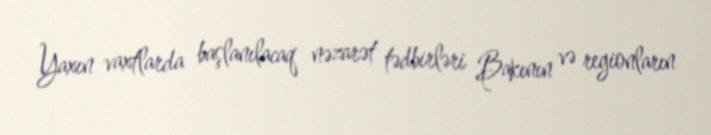
Yaxın vaxtlarda başlanılacaq nəzarət tədbirləri Bakının və regionların